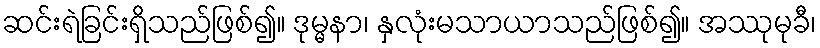
ဆင်းရဲခြင်းရှိသည်ဖြစ်၍။ ဒုမ္မနာ၊ နှလုံးမသာယာသည်ဖြစ်၍။ အဿုမုခီ၊